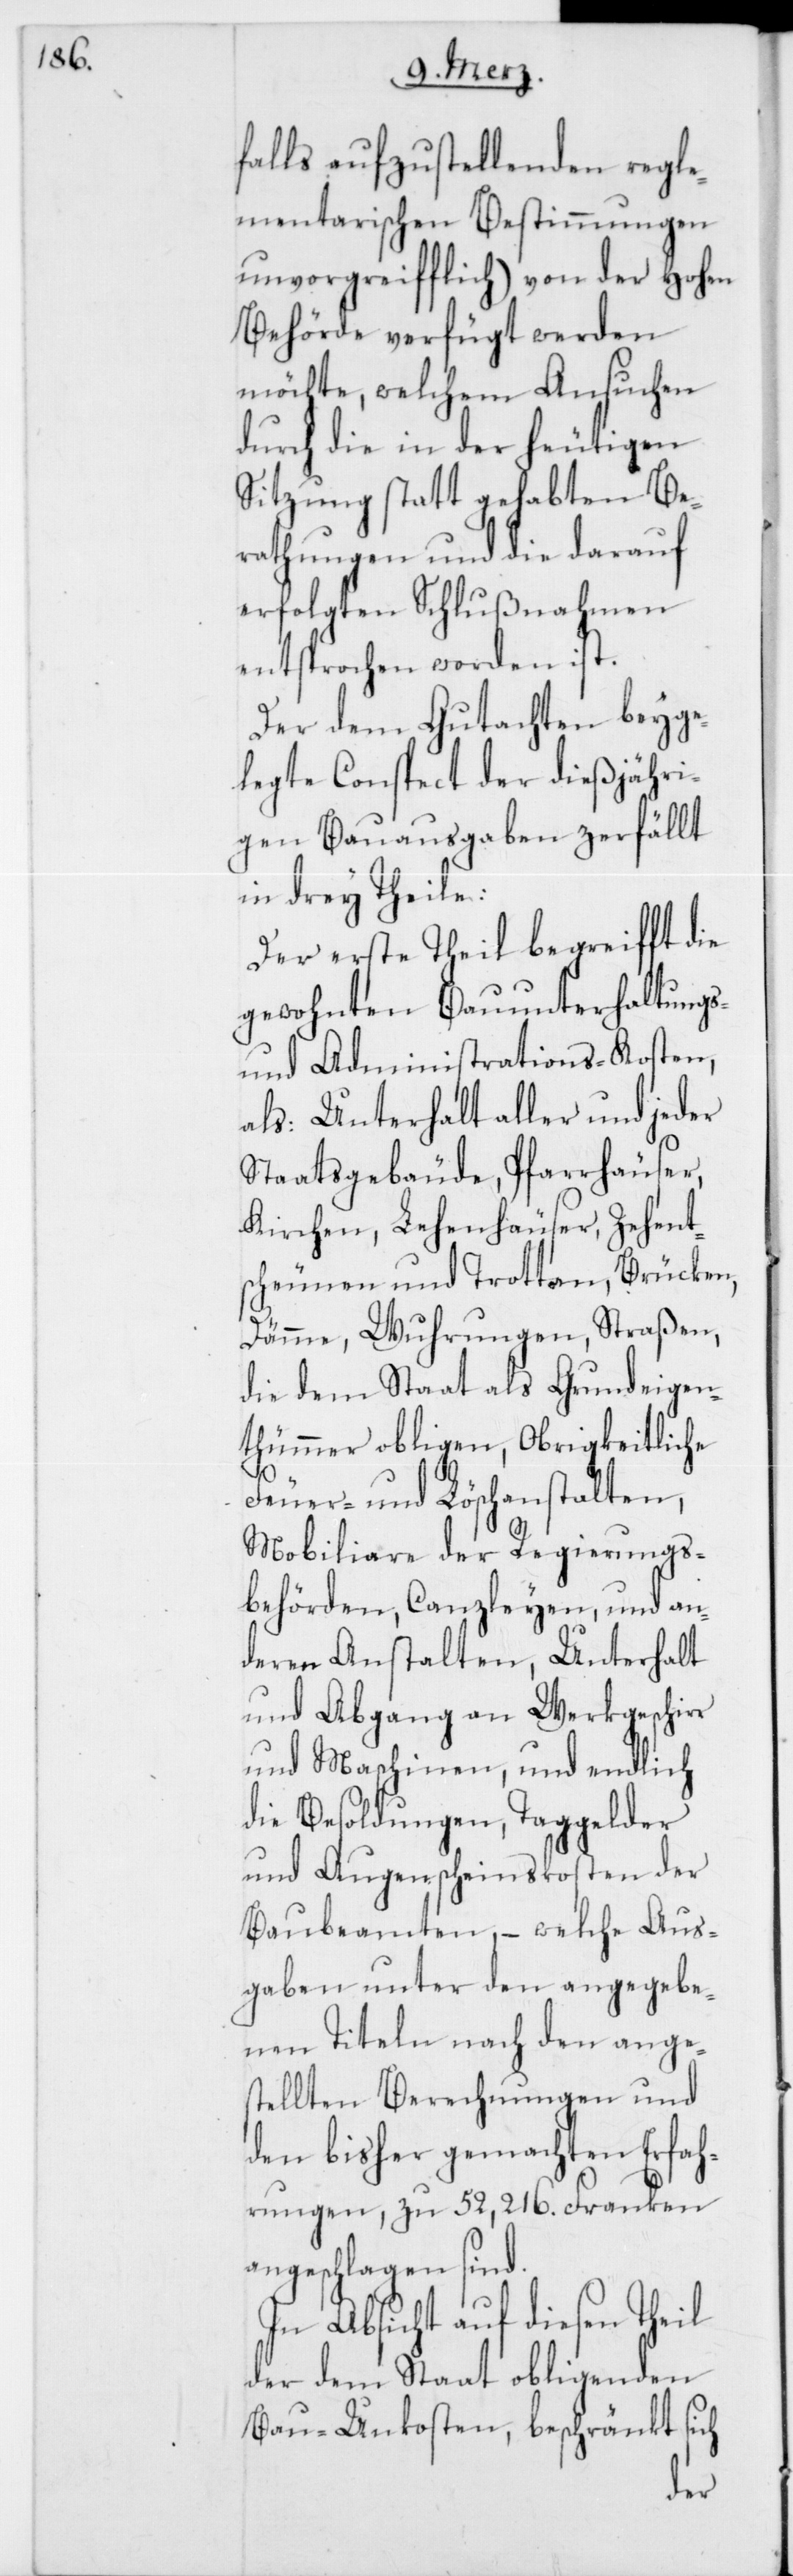
falls aufzustellenden regle¬
mentarischen Bestimmungen
unvorgreifflich) von der hohen
Behörde verfügt werden
möchte, welchem Ansuchen
durch die in der heutigen
Sitzung statt gehabten Be¬
rathungen und die darauf
erfolgten Schlußnahmen
entsprochen worden ist.
Der dem Gutachten beyge¬
legte Conspect der dießjähri¬
gen Bauausgaben zerfällt
in drey Theile:
Der erste Theil begreifft die
gewohnten Bauunterhaltungs-
und Administrations-Kosten,
als: Unterhalt aller und jeder
Staatsgebäude, Pfarrhäuser,
Kirchen, Lehenhäuser, Zehent¬
scheunen und Trotten, Brücken,
Dämme, Wuhrungen, Straßen,
die dem Staat als Grundeigen¬
thümmer obligen, Obrigkeitliche
Feuer- und Löschanstalten,
Mobiliare der Regierungs¬
behörden, Canzleyen, und an¬
deren Anstalten, Unterhalt
und Abgang an Werkgeschirr
und Maschinen, und endlich
die Besoldungen, Taggelder
und Augenscheinskosten der
Baubeamten, – welche Aus¬
gaben unter den angegebe¬
nen Titeln nach den anges¬
tellten Berechnungen und
den bisher gemachten Erfah¬
rungen, zu 52,216. Franken
angeschlagen sind.
In Absicht auf diesen Theil
der dem Staat obligenden
Bau-Unkosten, beschränkt sich